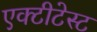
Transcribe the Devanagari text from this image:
एक्टीटेस्ट